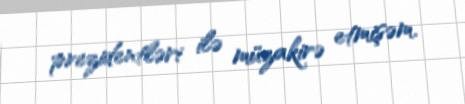
prezidentləri ilə müzakirə etmişəm.